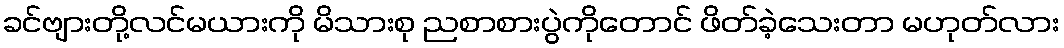
ခင်ဗျားတို့လင်မယားကို မိသားစု ညစာစားပွဲကိုတောင် ဖိတ်ခဲ့သေးတာ မဟုတ်လား